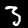
Digit: 3